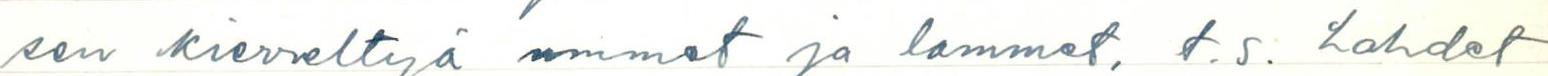
sen kierrettyä ummet ja lammet, t.s. Lahdet